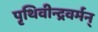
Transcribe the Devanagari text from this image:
पृथिवीन्द्रवर्मन्